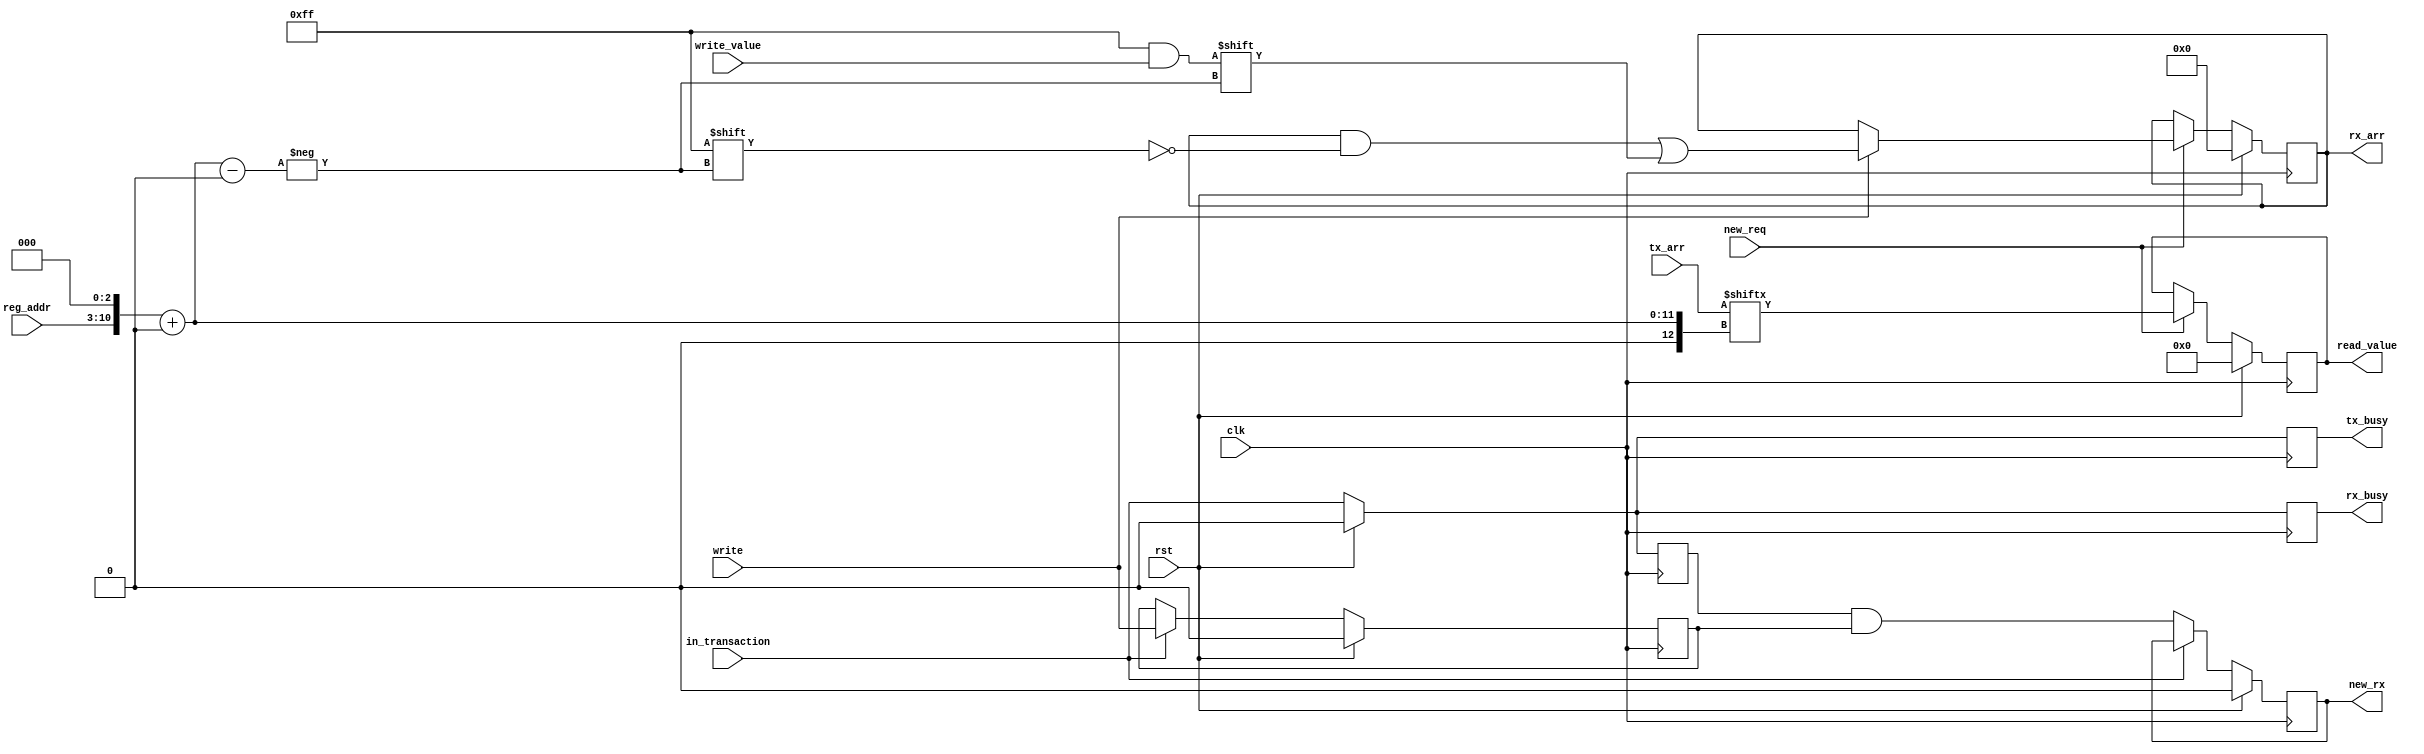
module mojo_com_logic #(
	parameter ADDR_SPACE = 256
)(
	input clk,
	input rst,
	//SPI Addressing Interface 
	input  [ADDR_SPACE_BITS-1:0] reg_addr,
	input  write,
	input  new_req,
	input  [7:0] write_value,
	output [7:0] read_value,
	input  in_transaction,
	//Interface, doesn't guarantee atomicity
	output [8*ADDR_SPACE-1:0] rx_arr,
	output rx_busy,
	output new_rx,
	input [8*ADDR_SPACE-1:0] tx_arr,
	output tx_busy
	//DEBUG params
	/*
	, output [ADDR_BIT_COUNT - 1:0] cur_addr,
	output [ADDR_BIT_COUNT - 1:0] end_addr,
	output [STATE_SIZE - 1:0] cur_state
	*/
);
parameter ADDR_SPACE_BITS = $clog2(ADDR_SPACE);
parameter WORD_SIZE = 8;
parameter ADDR_BITS = ADDR_SPACE * 8; //Number of bits in addressable arrs
parameter ADDR_BIT_COUNT = $clog2(ADDR_BITS); //Number of bits to address all bits

//Interface setup
reg [ADDR_BITS-1:0] rx_arr_q, rx_arr_d;
reg rx_busy_q, rx_busy_d, tx_busy_q, tx_busy_d, new_rx_q, new_rx_d;
assign rx_arr = rx_arr_q;
assign rx_busy = rx_busy_q;
assign new_rx  = new_rx_q;
assign tx_busy = tx_busy_q;

//SPI addressing setup
reg [7:0] read_value_d, read_value_q;
assign read_value = read_value_q;

//Other stuff
reg old_write_d, old_write_q, old_transaction_d, old_transaction_q;

always @(*) begin
    read_value_d = read_value_q;
	old_write_d  = old_write_q;
	old_transaction_d = in_transaction;
	rx_busy_d = in_transaction;
	tx_busy_d = in_transaction;
	new_rx_d  = new_rx_q;
	rx_arr_d  = rx_arr_q;
    if (new_req) begin
		//Read by default
		read_value_d = tx_arr[{reg_addr,3'b0}+:WORD_SIZE];
		//Write in certain cases
		if (write) begin
			rx_arr_d[{reg_addr,3'b0}+:WORD_SIZE] = write_value;
		end
    end
	if (in_transaction) begin
		old_write_d = write;
	end else begin
		//Falling edge of transaction and was written
		new_rx_d = old_transaction_q & old_write_q;
	end
end

always @(posedge clk) begin
    if (rst) begin
		read_value_q <= 0;
		rx_busy_q <= 0;
		tx_busy_q <= 0;
		new_rx_q  <= 0;
		rx_arr_q <= 0;
		old_write_q <= 0;
		old_transaction_q <= 0;
    end else begin
		read_value_q <= read_value_d;
		rx_busy_q <= rx_busy_d;
		tx_busy_q <= tx_busy_d;
		new_rx_q  <= new_rx_d;
		rx_arr_q  <= rx_arr_d;
		old_write_q <= old_write_d;
		old_transaction_q <= old_transaction_d;
    end
end

endmodule